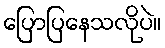
ပြောပြနေသလိုပဲ။